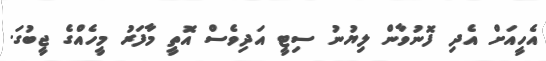
އެހީއަށް އެދި ފޮނުވާން ލިޔުނު ސިޓީ އަދިވެސް އޮތީ މާފަރު މީހެއްގެ ޖީބުގަ.